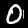
Digit: 0